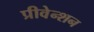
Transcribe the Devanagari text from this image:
प्रीवेन्शन